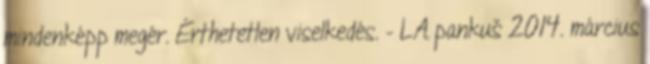
mindenképp megér. Érthetetlen viselkedés. – LA pankuš 2014. március